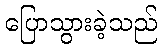
ပြောသွားခဲ့သည်